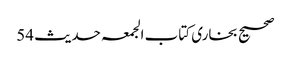
صحیح بخاری کتاب الجمعہ حدیث 54